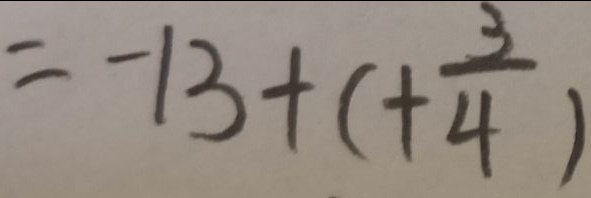
= - 1 3 + ( + \frac { 3 } { 4 } )